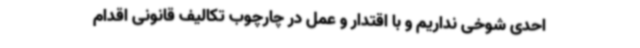
احدی شوخی نداریم و با اقتدار و عمل در چارچوب تکالیف قانونی اقدام